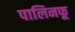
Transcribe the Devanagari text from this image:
पालिनफू